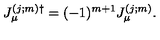
J _ { \mu } ^ { ( j ; m ) \dag } = ( - 1 ) ^ { m + 1 } J _ { \mu } ^ { ( j ; m ) } .